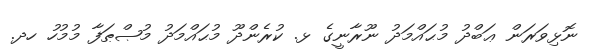
ނޮޅިވަރަން ޢަބްދު މުޙައްމަދު ނޫރާނީގެ ޅ. ކުރެންދޫ މުޙައްމަދު މުޞްޠަފާ މުމުހު ހދ.